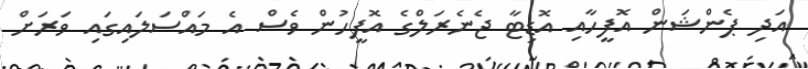
އަދި ޕެންޝަން އޮފީހާއި އޮޑިޓާ ޖެނެރަލްގެ އޮފީހުން ވެސް އެ މައްސަލައިގައި ވަރަށް